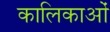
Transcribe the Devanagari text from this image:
कालिकाओं